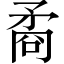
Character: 矞